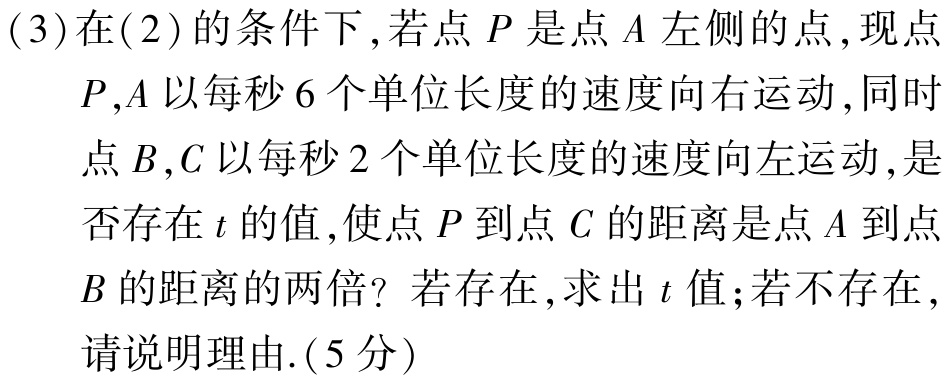
(3)在(2)的条件下,若点\(P\)是点\(A\)左侧的点,现点\(P,A\)以每秒\(6\)个单位长度的速度向右运动,同时点\(B,C\)以每秒\(2\)个单位长度的速度向左运动,是否存在\(t\)的值,使点\(P\)到点\(C\)的距离是点\(A\)到点\(B\)的距离的两倍？若存在,求出\(t\)值;若不存在,请说明理由.(5分)